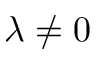
\lambda \neq 0